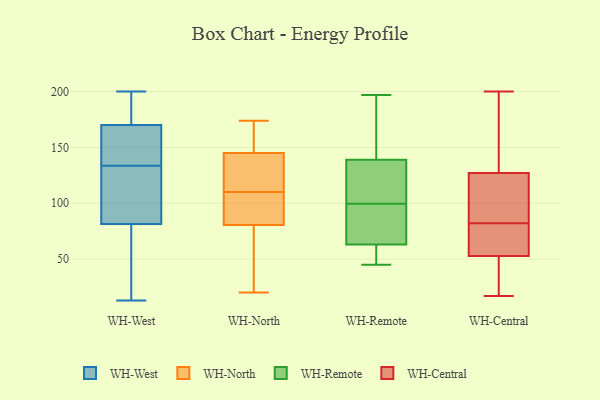
{"axis": {"x": "Energy Usage (MWh)", "y": "Value"}, "legend": ["WH-Central", "WH-North", "WH-Remote", "WH-West"], "data": [{"x": "", "y": 83, "type": "WH-West"}, {"x": "", "y": 195, "type": "WH-West"}, {"x": "", "y": 147, "type": "WH-West"}, {"x": "", "y": 143, "type": "WH-West"}, {"x": "", "y": 133, "type": "WH-West"}, {"x": "", "y": 13, "type": "WH-West"}, {"x": "", "y": 99, "type": "WH-West"}, {"x": "", "y": 200, "type": "WH-West"}, {"x": "", "y": 51, "type": "WH-West"}, {"x": "", "y": 189, "type": "WH-West"}, {"x": "", "y": 156, "type": "WH-West"}, {"x": "", "y": 178, "type": "WH-West"}, {"x": "", "y": 80, "type": "WH-West"}, {"x": "", "y": 65, "type": "WH-West"}, {"x": "", "y": 88, "type": "WH-West"}, {"x": "", "y": 169, "type": "WH-West"}, {"x": "", "y": 126, "type": "WH-West"}, {"x": "", "y": 69, "type": "WH-West"}, {"x": "", "y": 171, "type": "WH-West"}, {"x": "", "y": 134, "type": "WH-West"}, {"x": "", "y": 20, "type": "WH-North"}, {"x": "", "y": 110, "type": "WH-North"}, {"x": "", "y": 91, "type": "WH-North"}, {"x": "", "y": 153, "type": "WH-North"}, {"x": "", "y": 110, "type": "WH-North"}, {"x": "", "y": 61, "type": "WH-North"}, {"x": "", "y": 174, "type": "WH-North"}, {"x": "", "y": 117, "type": "WH-North"}, {"x": "", "y": 108, "type": "WH-North"}, {"x": "", "y": 70, "type": "WH-North"}, {"x": "", "y": 166, "type": "WH-North"}, {"x": "", "y": 137, "type": "WH-North"}, {"x": "", "y": 97, "type": "WH-Remote"}, {"x": "", "y": 56, "type": "WH-Remote"}, {"x": "", "y": 188, "type": "WH-Remote"}, {"x": "", "y": 150, "type": "WH-Remote"}, {"x": "", "y": 45, "type": "WH-Remote"}, {"x": "", "y": 139, "type": "WH-Remote"}, {"x": "", "y": 55, "type": "WH-Remote"}, {"x": "", "y": 119, "type": "WH-Remote"}, {"x": "", "y": 197, "type": "WH-Remote"}, {"x": "", "y": 76, "type": "WH-Remote"}, {"x": "", "y": 86, "type": "WH-Remote"}, {"x": "", "y": 120, "type": "WH-Remote"}, {"x": "", "y": 102, "type": "WH-Remote"}, {"x": "", "y": 63, "type": "WH-Remote"}, {"x": "", "y": 121, "type": "WH-Central"}, {"x": "", "y": 64, "type": "WH-Central"}, {"x": "", "y": 200, "type": "WH-Central"}, {"x": "", "y": 82, "type": "WH-Central"}, {"x": "", "y": 33, "type": "WH-Central"}, {"x": "", "y": 35, "type": "WH-Central"}, {"x": "", "y": 136, "type": "WH-Central"}, {"x": "", "y": 51, "type": "WH-Central"}, {"x": "", "y": 73, "type": "WH-Central"}, {"x": "", "y": 157, "type": "WH-Central"}, {"x": "", "y": 129, "type": "WH-Central"}, {"x": "", "y": 113, "type": "WH-Central"}, {"x": "", "y": 17, "type": "WH-Central"}, {"x": "", "y": 154, "type": "WH-Central"}, {"x": "", "y": 38, "type": "WH-Central"}, {"x": "", "y": 58, "type": "WH-Central"}, {"x": "", "y": 103, "type": "WH-Central"}, {"x": "", "y": 61, "type": "WH-Central"}, {"x": "", "y": 101, "type": "WH-Central"}]}